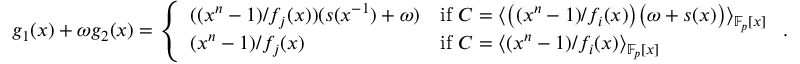
g _ { 1 } ( x ) + \omega g _ { 2 } ( x ) = \left\{ \begin{array} { l l } { ( ( x ^ { n } - 1 ) / f _ { j } ( x ) ) ( s ( x ^ { - 1 } ) + \omega ) } & { \mathrm { i f } \ C = \langle \big ( ( x ^ { n } - 1 ) / f _ { i } ( x ) \big ) \big ( \omega + s ( x ) \big ) \rangle _ { \mathbb { F } _ { p } [ x ] } } \\ { ( x ^ { n } - 1 ) / f _ { j } ( x ) } & { \mathrm { i f } \ C = \langle ( x ^ { n } - 1 ) / f _ { i } ( x ) \rangle _ { \mathbb { F } _ { p } [ x ] } } \end{array} \right. .